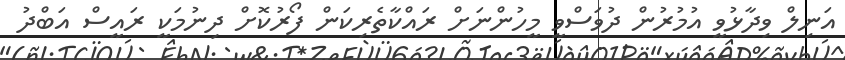
އަނިލް ވިދާޅުވީ އުމުރުން ދުވަސްވީ މީހުންނަށް ރައްކާތެރިކަން ފޯރުކޮށް ދިނުމަކީ ރައީސް އަބްދު